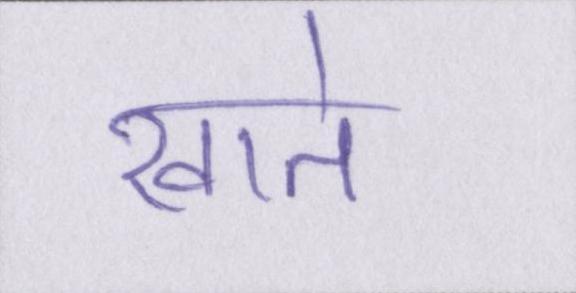
खाते